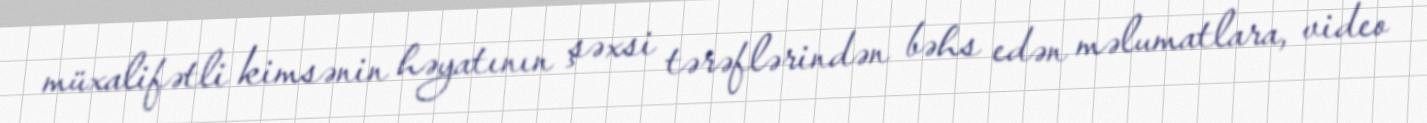
müxalifətli kimsənin həyatının şəxsi tərəflərindən bəhs edən məlumatlara, video